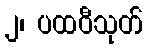
၂၊ ပထဝီသုတ်